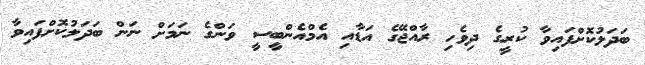
ބަދަލުކޮށްފައިވާ ކުރީގެ ދިވެހި ރާއްޖޭގެ އަޑާއި އެމްއެންބީސީ ވަންގެ ނަމަށް ނަން ބަދަލުކޮށްފައިވާ